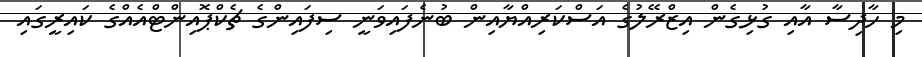
މި ހާދިސާ އާއި ގުޅިގެން އިޒްރޭލުގެ އަސްކަރިއްޔާއިން ބުނެފައިވަނީ ސިފައިންގެ ޗެކްޕޮއިންޓްއެއްގެ ކައިރީގައި